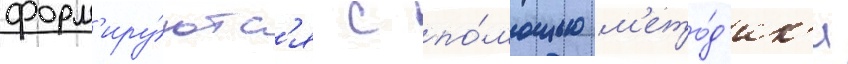
форм'иру́ютс'я с по́мощью м'ето́д'ик'и